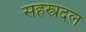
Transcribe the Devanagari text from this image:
सहस्त्रदल